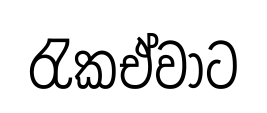
රැකඒවාට